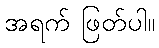
အရက် ဖြတ်ပါ။